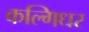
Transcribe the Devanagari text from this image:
कल्गिधर